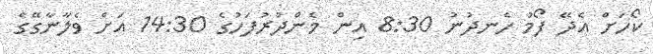
ކޯހަށް އެދޭ ފޯމު ހެނދުނު 8:30 އިން މެންދުރުފަހުގެ 14:30 އަށް ވެލާނާގޭގެ